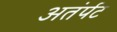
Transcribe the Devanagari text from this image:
अतंर्पट